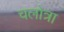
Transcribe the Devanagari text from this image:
चलोत्रा